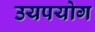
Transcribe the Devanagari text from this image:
उयपयोग